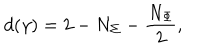
d ( \gamma ) = 2 - N _ { \Sigma } - \frac { N _ { \Phi } } { 2 } ,